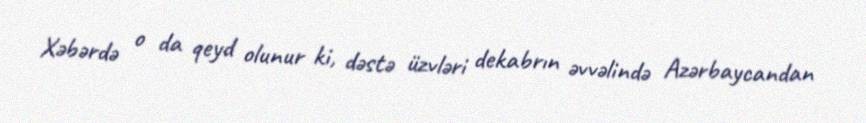
Xəbərdə o da qeyd olunur ki, dəstə üzvləri dekabrın əvvəlində Azərbaycandan